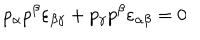
LaTeX: p _ { \alpha } p ^ { \beta } \varepsilon _ { \beta \gamma } + p _ { \gamma } p ^ { \beta } \varepsilon _ { \alpha \beta } = 0